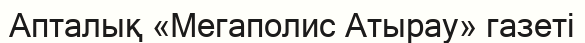
Апталық «Мегаполис Атырау» газеті